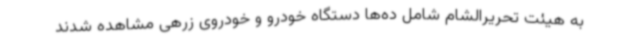
به هیئت تحریرالشام شامل ده‌ها دستگاه خودرو و خودروی زرهی مشاهده شدند